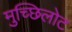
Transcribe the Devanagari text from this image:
मुच्छिलोट